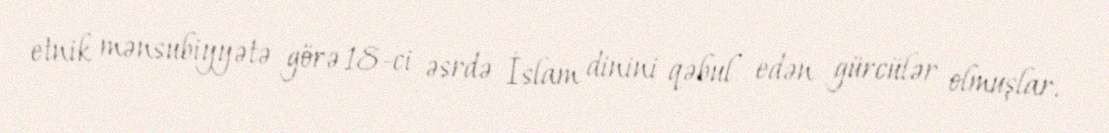
etnik mənsubiyyətə görə 18-ci əsrdə İslam dinini qəbul edən gürcülər olmuşlar.